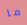
ما